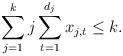
LaTeX: \begin{align*}\sum_{j=1}^k j\sum_{t=1}^{d_j}x_{j,t} \leq k.\end{align*}